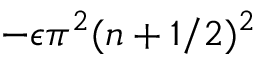
- \epsilon \pi ^ { 2 } ( n + 1 / 2 ) ^ { 2 }